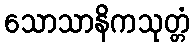
သောသာနိကသုတ္တံ